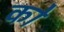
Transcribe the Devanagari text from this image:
को